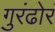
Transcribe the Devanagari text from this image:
गुरंढोरं